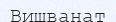
Вишванат